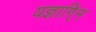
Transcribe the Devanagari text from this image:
यज्ञागि्न